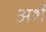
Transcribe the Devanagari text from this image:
अर्शे